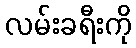
လမ်းခရီးကို